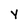
Character: Y